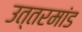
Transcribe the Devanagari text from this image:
उत्तरमांड